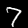
Label: 7